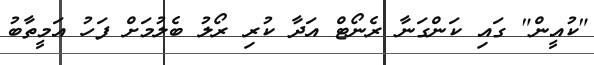
"ކުއީން" ގައި ކަންގަނާ ރެނޯޓް އަދާ ކުރި ރޯލު ބެލުމަށް ފަހު އަމީތާބު